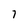
Character: 7